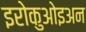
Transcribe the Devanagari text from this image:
इरोकुओइअन